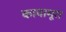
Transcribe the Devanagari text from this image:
कावामूरा